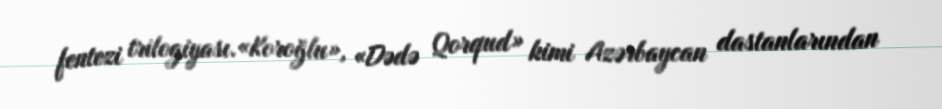
fentezi trilogiyası.«Koroğlu», «Dədə Qorqud» kimi Azərbaycan dastanlarından